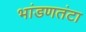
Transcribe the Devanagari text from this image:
भांडणतंटा